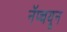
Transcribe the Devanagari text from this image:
नॅप्चयून